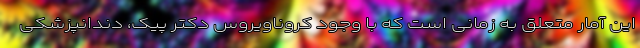
این آمار متعلق به زمانی است که با وجود کروناویروس دکتر پیک، دندانپزشکی